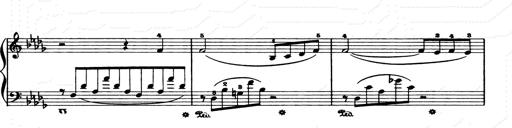
Title: Consolations and LiebestrÃ¤ume for the Piano
Composer: Franz Liszt